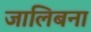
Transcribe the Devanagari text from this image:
जालिबना